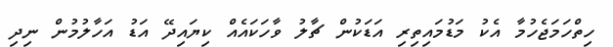
ހިތްހަމަޖެހުމާ އެކު މަޑުމައިތިރި އަޑަކުން ޗާލު ވާހަކައެއް ކިޔައިދޭ އަޑު އަހާލުމުން ނިދި